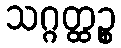
သဂ္ဂတ္ထဉ္စ